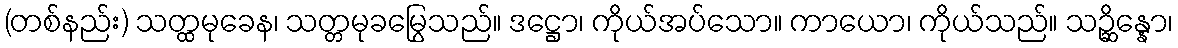
(တစ်နည်း) သတ္ထမုခေန၊ သတ္တမုခမြွေသည်။ ဒဋ္ဌော၊ ကိုယ်အပ်သော။ ကာယော၊ ကိုယ်သည်။ သဉ္ဆိန္နော၊